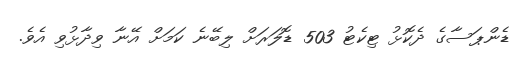
ޑެންޕަސާގެ ދެކޮޅު ޓިކެޓު 503 ޑޮލަރަށް ލިބޭނެ ކަމަށް އޭނާ ވިދާޅުވި އެވެ.